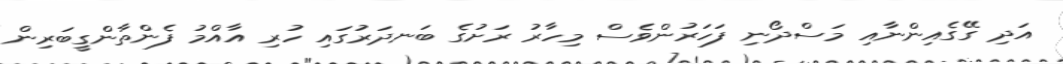
އަދި ގޭގެއިންނާއި މަސްދޯނި ފަހަރުންވެސް މިހާރު ރަށުގެ ބަނދަރުގައި ހުރި އާއްމު ފެންތާންގީބަރިން